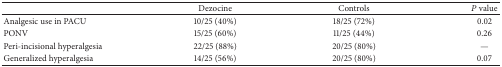
|  | Dezocine | Controls | P value |
 | --- | --- | --- | --- |
 | Analgesic use in PACU | 10/25 (40%) | 18/25 (72%) | 0.02 |
 | PONV | 15/25 (60%) | 11/25 (44%) | 0.26 |
 | Peri-incisional hyperalgesia | 22/25 (88%) | 20/25 (80%) | — |
 | Generalized hyperalgesia | 14/25 (56%) | 20/25 (80%) | 0.07 |